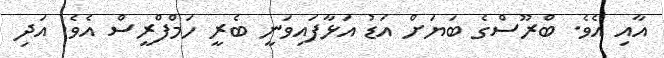
އާއި އެވެ. ބްރޫސްގެ ބަޔަށް އަޑު އަޅާފައިވަނީ ބެރީ ހަމްފްރީސް އެވެ. އަދި